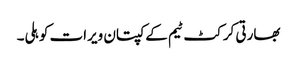
بھارتی کرکٹ ٹیم کےکپتان ویرات کوہلی۔